Vaccine operations Central Provinces 1900-1911 - 1900-1911
Year: 1900
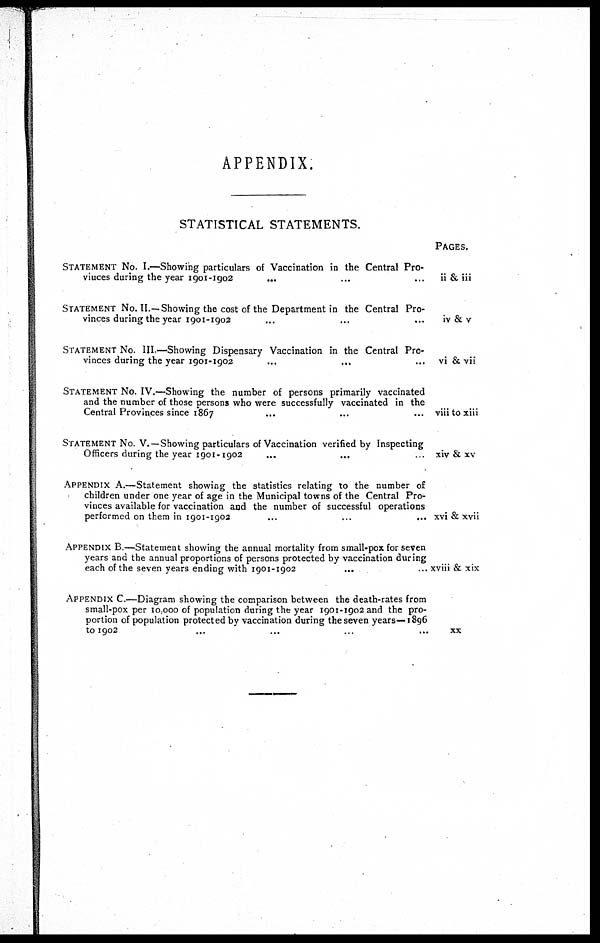
APPENDIX.
STATISTICAL STATEMENTS.
STATEMENT No. I.—Showing particulars of Vaccination in the Central Pro-
vinces during the year 1901-1902
... ... ...
STATEMENT No. II.—Showing the cost of the Department in the Central Pro-
vinces during the year 1901-1902 ... ... ...
STATEMENT No. III.—Showing Dispensary Vaccination in the Central Pro-
vinces during the year 1901-1902 ... ... ...
STATEMENT No. IV.—Showing the number of persons primarily vaccinated
and the number of those persons who were successfully vaccinated in the
Central Provinces since 1867 ... ... ...
STATEMENT No. V.—Showing particulars of Vaccination verified by Inspecting
Officers during the year 1901-1902
...
... ...
APPENDIX A.—Statement showing the statistics relating to the number of
children under one year of age in the Municipal towns of the Central Pro-
vinces available for vaccination and the number of successful operations
performed on them in 1901-1902 ... ...
APPENDIX B.—Statement showing the annual mortality from small-pox for seven
years and the annual proportions of persons protected by vaccination during
each of the seven years ending with 1901-1902 ... ... ...
APPENDIX C.—Diagram showing the comparison between the death-rates from
small-pox per 10,000 of population during the year 1901-1902 and the pro-
portion of population protected by vaccination during the seven years—1896
to 1902
PAGES.
ii & iii
iv & v
vi & vii
viii to xiii
xiv & xv
xvi & xvii
xviii & xix
xx